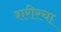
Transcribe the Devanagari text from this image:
शरीरचा